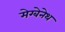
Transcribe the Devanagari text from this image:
मेग्बेनेथ